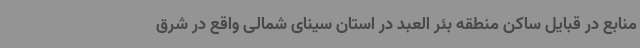
منابع در قبایل ساکن منطقه بئر العبد در استان سینای شمالی واقع در شرق